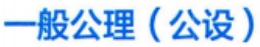
一般公理（公设）